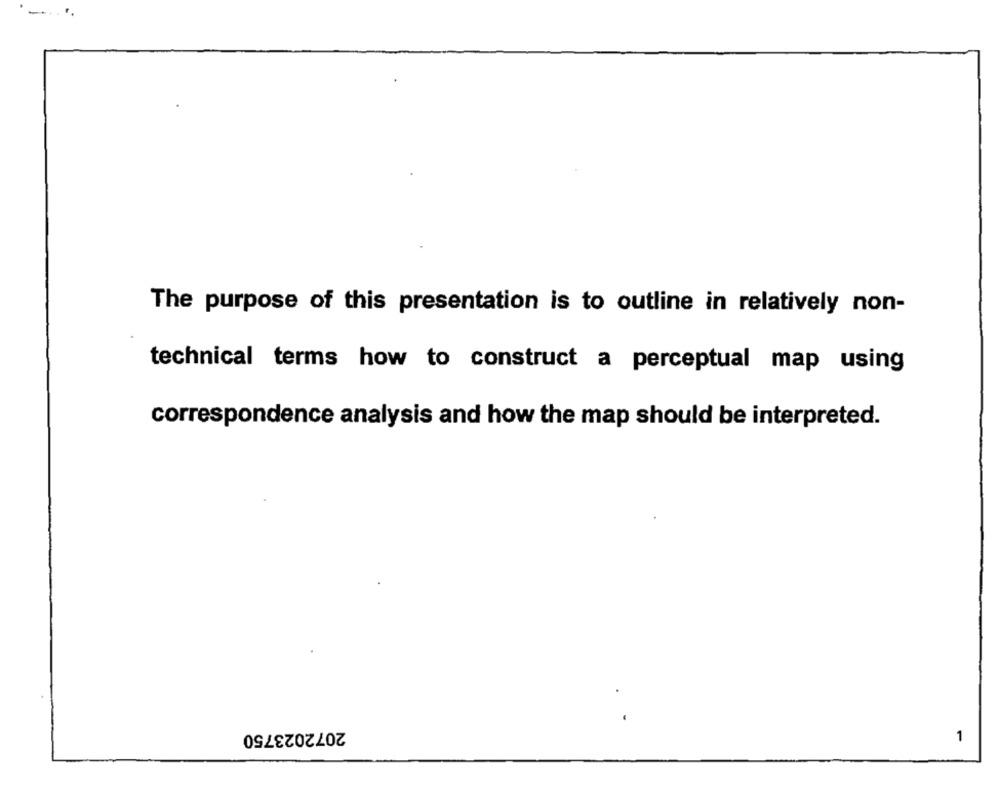
The purpose of this presentation is to outline in relatively non-
technical terms how to construct a perceptual map using
correspondence analysis and how the map should be interpreted.
2072023750
1